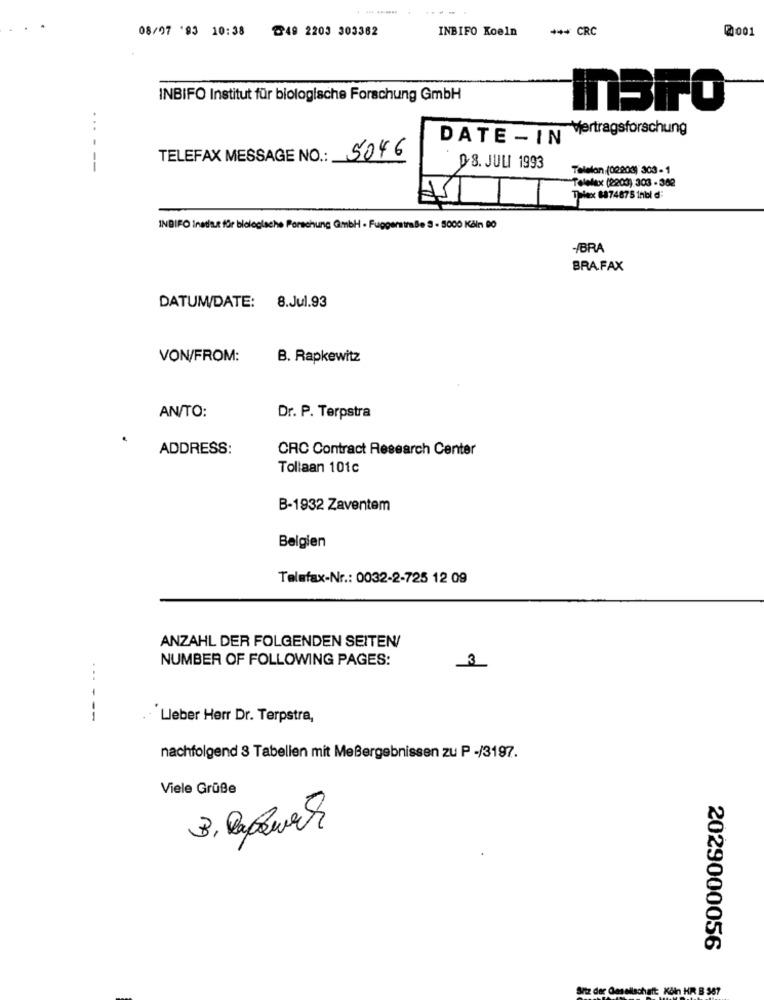
08/97 '93 10:38
@49 2203 303362
INBIFO Koeln
*** CRC
@001
INBIFO Institut für biologische Forschung GmbH
TBFO
Vertragsforschung
DATE - IN
TELEFAX MESSAGE NO .: 5046
-----
D.8. JULI 1993
Telefon,(02203) 303 - 1
Telefax (2203) 303 - 382
Taiex 8874875 1nbl d:
INBIFO institut für biologiache Forschung GmbH · Fuggerstraße 3 - 5000 Köln 00
/BRA
BRA.FAX
DATUM/DATE: 8.Jul.93
VON/FROM:
B. Rapkewitz
AN/TO:
Dr. P. Terpstra
ADDRESS:
CRC Contract Research Center
Tollaan 101c
B-1932 Zaventem
Belgien
Telefax-Nr .: 0032-2-725 12 09
ANZAHL DER FOLGENDEN SEITEN/
NUMBER OF FOLLOWING PAGES:
3
Lieber Herr Dr. Terpstra,
nachfolgend 3 Tabellen mit Meßergebnissen zu P -/3197.
Viele Grüße
2029000056
Sitz der Omellschaft Köln HR B 387